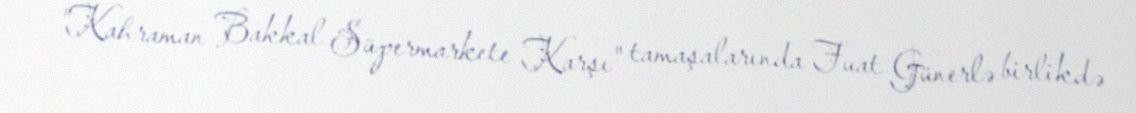
"Kahraman Bakkal Süpermarkete Karşı" tamaşalarında Fuat Günerlə birlikdə